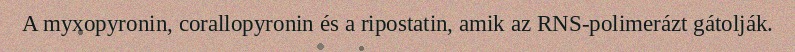
A myxopyronin, corallopyronin és a ripostatin, amik az RNS-polimerázt gátolják.